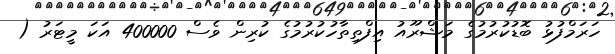
ހަރަމްފުޅު ބޮޑުކުރުމުގެ މަޝްރޫއު އިފްތިތާހުކުރުމުގެ ކުރިން ވެސް 400000 އަކަ މީޓަރު (